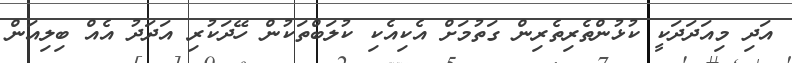
އަދި މިއަދަދަކީ ކުޅުންތެރިތެރިން ގަތުމަށް އެކިއެކި ކުލަބްތަކުން ހޭދަކުރި އަދަދު އެއް ބިލިއަން